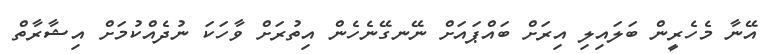
އޭނާ މެހެރީން ބަަލައިލި އިރަށް ބައްޕައަށް ނޭނގޭނެހެން އިތުރަށް ވާހަކަ ނުދެއްކުމަށް އިޝާރާތް